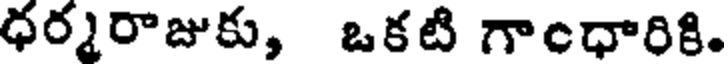
ధర్మరాజుకు, ఒకటి గాంధారికి.